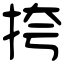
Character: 挎